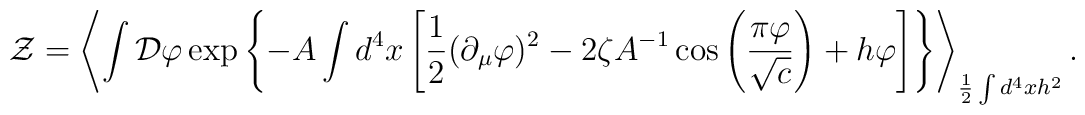
{\cal Z}=\left<\int {\cal D}\varphi\exp\left\{-A\int d^4x\left[\frac12(\partial_\mu\varphi)^2-2\zeta A^{-1}\cos\left(\frac{\pi\varphi}{\sqrt{c}}\right)+h\varphi\right]\right\}\right>_{\frac12\int d^4xh^2}.